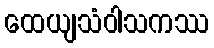
ထေယျသံဝါသကဿ